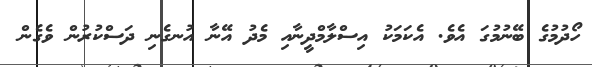
ހޯދުމުގެ ބޭނުމުގަ އެވެ. އެކަމަކު އިސްލާމްދީނާއި މެދު އޭނާ އުނގެނި ދަސްކުރުން ވެގެން